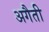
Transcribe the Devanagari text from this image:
अगैती